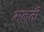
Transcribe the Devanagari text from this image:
मलती